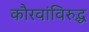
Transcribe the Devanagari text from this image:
कौरवांविरुद्ध